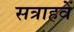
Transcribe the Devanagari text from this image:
सत्राहवें